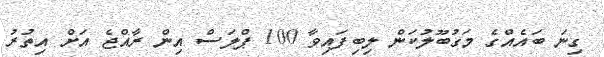
ގިނަ ބައެއްގެ މަގުބޫލުކަން ލިބިފައިވާ 100 ޕްލަސް އިން ރާއްޖެ އަށް އިތުރު